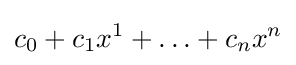
c_{0}+c_{1}x^{1}+\dotsc +c_{n}x^{n}